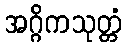
အဂ္ဂိကသုတ္တံ